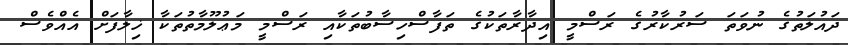
ދައުލަތުގެ ނުވަތަ ސަރުކާރުގެ ރަސްމީ އިދާރާތަކުގެ ތަފާސްހިސާބުތަކާއި ރަސްމީ މަޢުލޫމާތުތަކާ ޚިލާފަށް އެއްވެސް